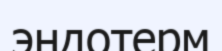
эндотерм